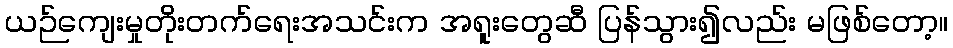
ယဉ်ကျေးမှုတိုးတက်ရေးအသင်းက အရူးတွေဆီ ပြန်သွား၍လည်း မဖြစ်တော့။